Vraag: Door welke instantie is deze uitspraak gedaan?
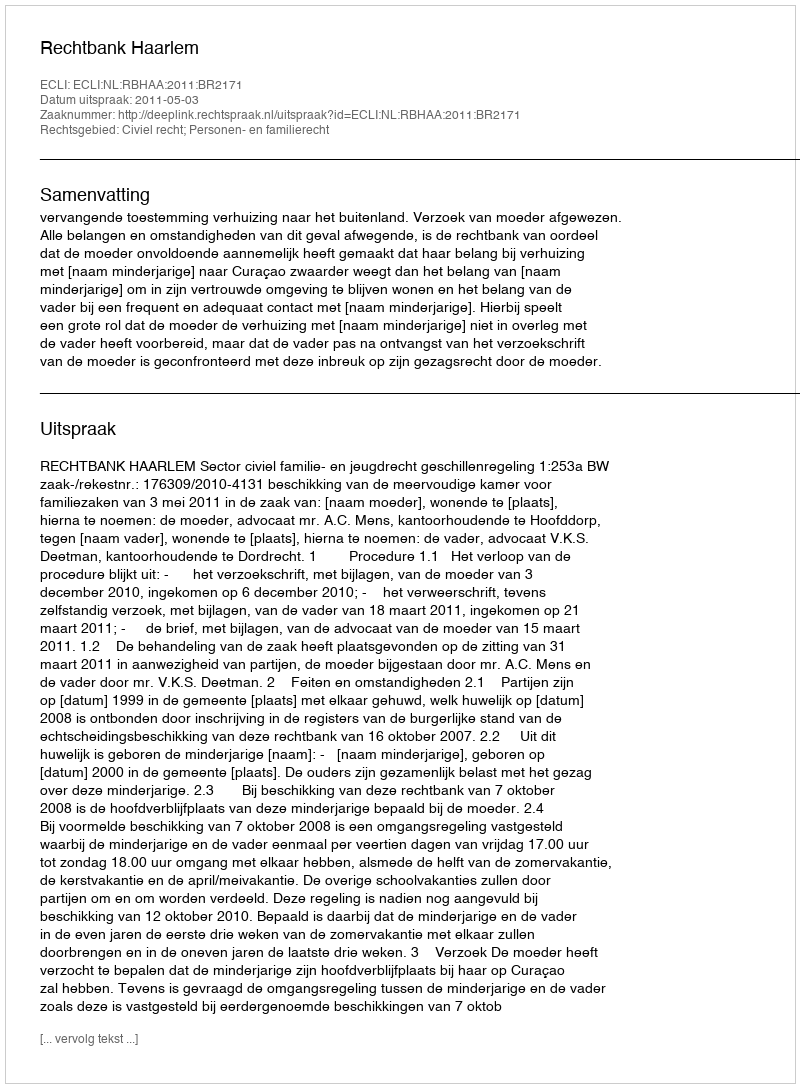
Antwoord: Rechtbank Haarlem